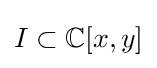
I\subset \mathbb {C} [x,y]